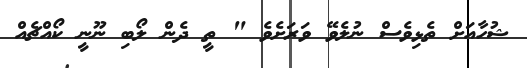
ޝުހާއަށް ތެޅިވެސް ނުލެވޭ ވަރަށެވެ " ތީ ދެން ލޯބި ނޫނީ ކޯއްޗެއް